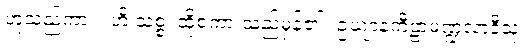
ဟူသည်ကား။ ဟိ သစ္စံ၊ ထိုစကားသည်မှန်၏။ ဥယျာနကီဠာမဏ္ဍလာဒီသု၊